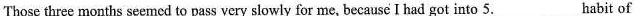
Those three months seemed to pass very slowly for me, because I had got into 5. ___ habit of